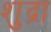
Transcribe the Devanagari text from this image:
शुद्रा